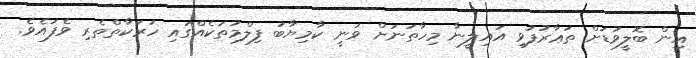
އިން ބޮލީވުޑަށް ތަޢާރުފުވި އައިލީނާ މިހާތަނަށް ވަނީ ކާމިޔާބު ފިލްމުތަކެއްގައި ހަރަކާތްތެރި ވެފައެވެ.